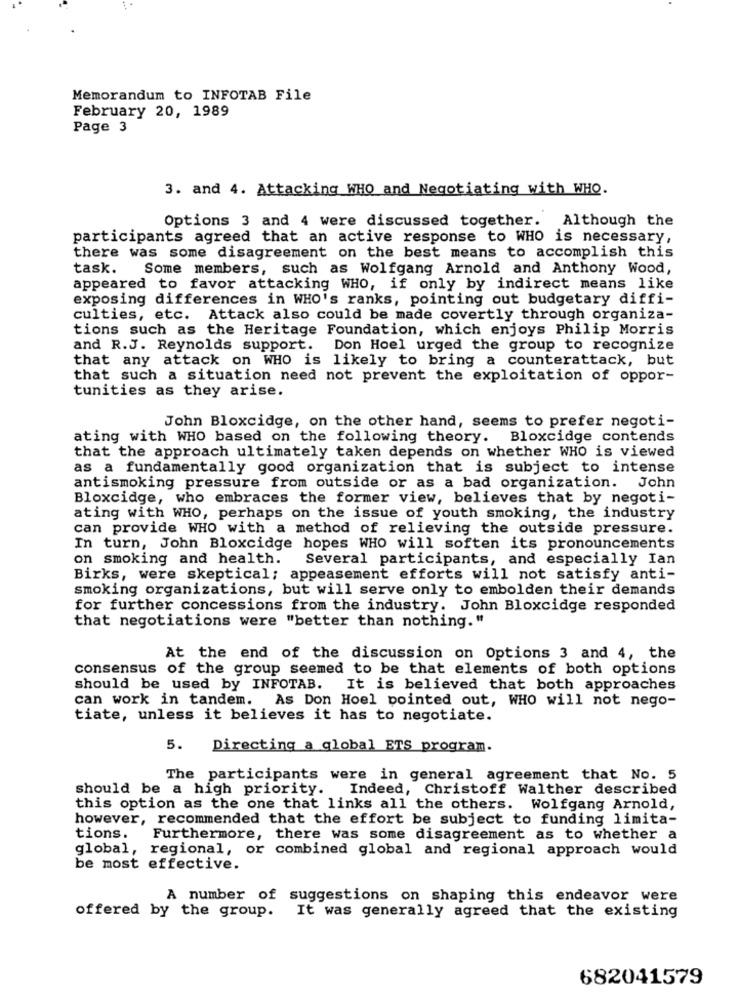
Memorandum to INFOTAB File
February 20, 1989
Page 3
3. and 4. Attacking WHO and Negotiating with WHO.
Options 3 and 4 were discussed together. Although the
participants agreed that an active response to WHO is necessary,
there was some disagreement on the best means to accomplish this
task.
Some members, such as Wolfgang Arnold and Anthony Wood,
appeared to favor attacking WHO, if only by indirect means like
exposing differences in WHO's ranks, pointing out budgetary diffi-
culties, etc. Attack also could be made covertly through organiza-
tions such as the Heritage Foundation, which enjoys Philip Morris
and R.J. Reynolds support. Don Hoel urged the group to recognize
that any attack on WHO is likely to bring a counterattack, but
that such a situation need not prevent the exploitation of oppor-
tunities as they arise.
John Bloxcidge, on the other hand, seems to prefer negoti-
ating with WHO based on the following theory. Bloxcidge contends
that the approach ultimately taken depends on whether WHO is viewed
as a fundamentally good organization that is subject to intense
antismoking pressure from outside or as a bad organization. John
Bloxcidge, who embraces the former view, believes that by negoti-
ating with WHO, perhaps on the issue of youth smoking, the industry
can provide WHO with a method of relieving the outside pressure.
In turn, John Bloxcidge hopes WHO will soften its pronouncements
on smoking and health.
Several participants, and especially Ian
Birks, were skeptical; appeasement efforts will not satisfy anti-
smoking organizations, but will serve only to embolden their demands
for further concessions from the industry. John Bloxcidge responded
that negotiations were "better than nothing."
At the end of the discussion on Options 3 and 4, the
consensus of the group seemed to be that elements of both options
should be used by INFOTAB. It is believed that both approaches
can work in tandem. As Don Hoel pointed out, WHO will not nego-
tiate, unless it believes it has to negotiate.
5.
Directing a global ETS program.
The participants were in general agreement that No. 5
should be a high priority. Indeed, Christoff Walther described
this option as the one that links all the others. Wolfgang Arnold,
however, recommended that the effort be subject to funding limita-
tions.
Furthermore, there was some disagreement as to whether a
global, regional, or combined global and regional approach would
be most effective.
A number of suggestions on shaping this endeavor were
offered by the group. It was generally agreed that the existing
682041579